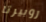
روبيرتا